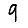
Digit: 9